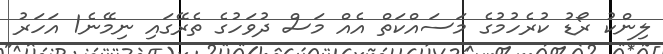
ލިންކު ރޯޑު ކުރެހުމުގެ މަސައްކަތް އެެއް މަސް ދުވަހުގެ ތެރޭގައި ނިމޭނެ1 އަހަރު